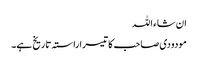
ان شاء اللہ
مودودی صاحب کا تیسرا راستہ تاریخ ہے۔